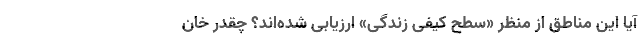
آیا این مناطق از منظرِ «سطح کیفی زندگی» ارزیابی شده‌اند؟ چقدر خان